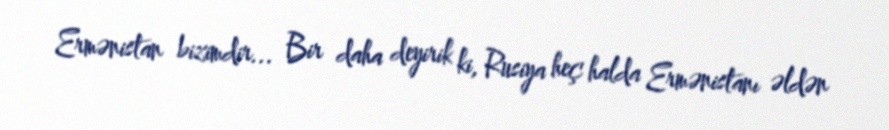
Ermənistan bizimdir... Bir daha deyirik ki, Rusiya heç halda Ermənistanı əldən